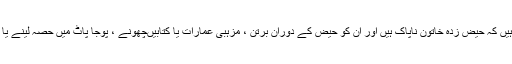
تقریبا” تمام دنیا میں‌ یہ خیالات پائے جاتے ہیں‌ کہ حیض زدہ خاتون ناپاک ہیں‌ اور ان کو حیض کے دوران برتن ، مزہبی عمارات یا کتابیں‌چھونے ، پوجا پاٹ میں‌ حصہ لینے یا کھانا پکانے وغیرہ سے دور رکھا جاتا ہے۔